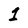
Character: 1